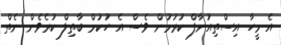
އެ މީހާ އިސްތިއުނާފް ކުރުމުން ވެސް އެ ހުކުމް ބާތިލް ކުރެވެން ނެތް